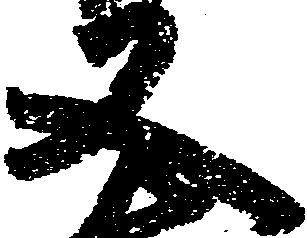
又